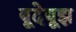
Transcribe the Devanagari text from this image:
बूदेबूझ